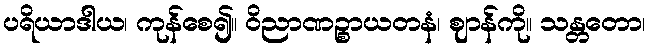
ပရိယာဒါယ၊ ကုန်စေ၍။ ဝိညာဏဉ္စာယတနံ၊ ဈာန်ကို။ သန္တတော၊